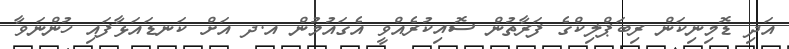
އަދި ޑޮމިނިކަން ރިބަޕްލިކްގެ ފަރާތުން ސޮއިކުރެއްވީ އެގައުމުން އ.ދ އަށް ކަނޑައަޅާފައި ހުންނަވާ